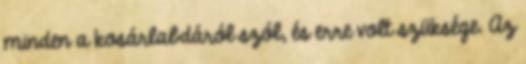
minden a kosárlabdáról szól, és erre volt szüksége. Az